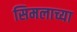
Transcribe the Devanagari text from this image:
सिमलाच्या